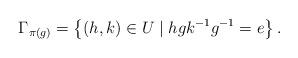
LaTeX: \begin{align*}\Gamma_{\pi(g)} = \left\{(h,k)\in U \mid hgk^{-1}g^{-1} = e\right\}.\end{align*}